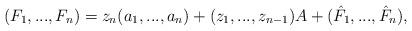
LaTeX: \begin{align*}(F_{1}, ..., F_{n})=z_{n}(a_{1}, ..., a_{n})+ (z_{1}, ..., z_{n-1})A + (\hat{F}_{1}, ..., \hat{F}_{n}), \end{align*}